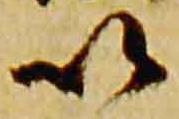
以